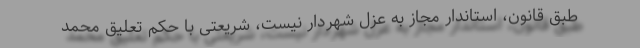
طبق قانون، استاندار مجاز به عزل شهردار نیست، شریعتی با حکم تعلیق محمد